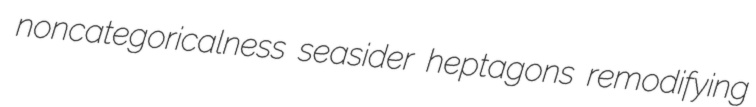
noncategoricalness seasider heptagons remodifying